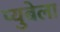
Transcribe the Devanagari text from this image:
प्युबेला